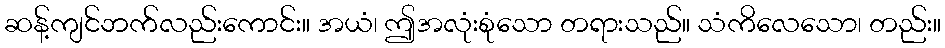
ဆန့်ကျင်ဘက်လည်းကောင်း။ အယံ၊ ဤအလုံးစုံသော တရားသည်။ သံကိလေသော၊ တည်း။